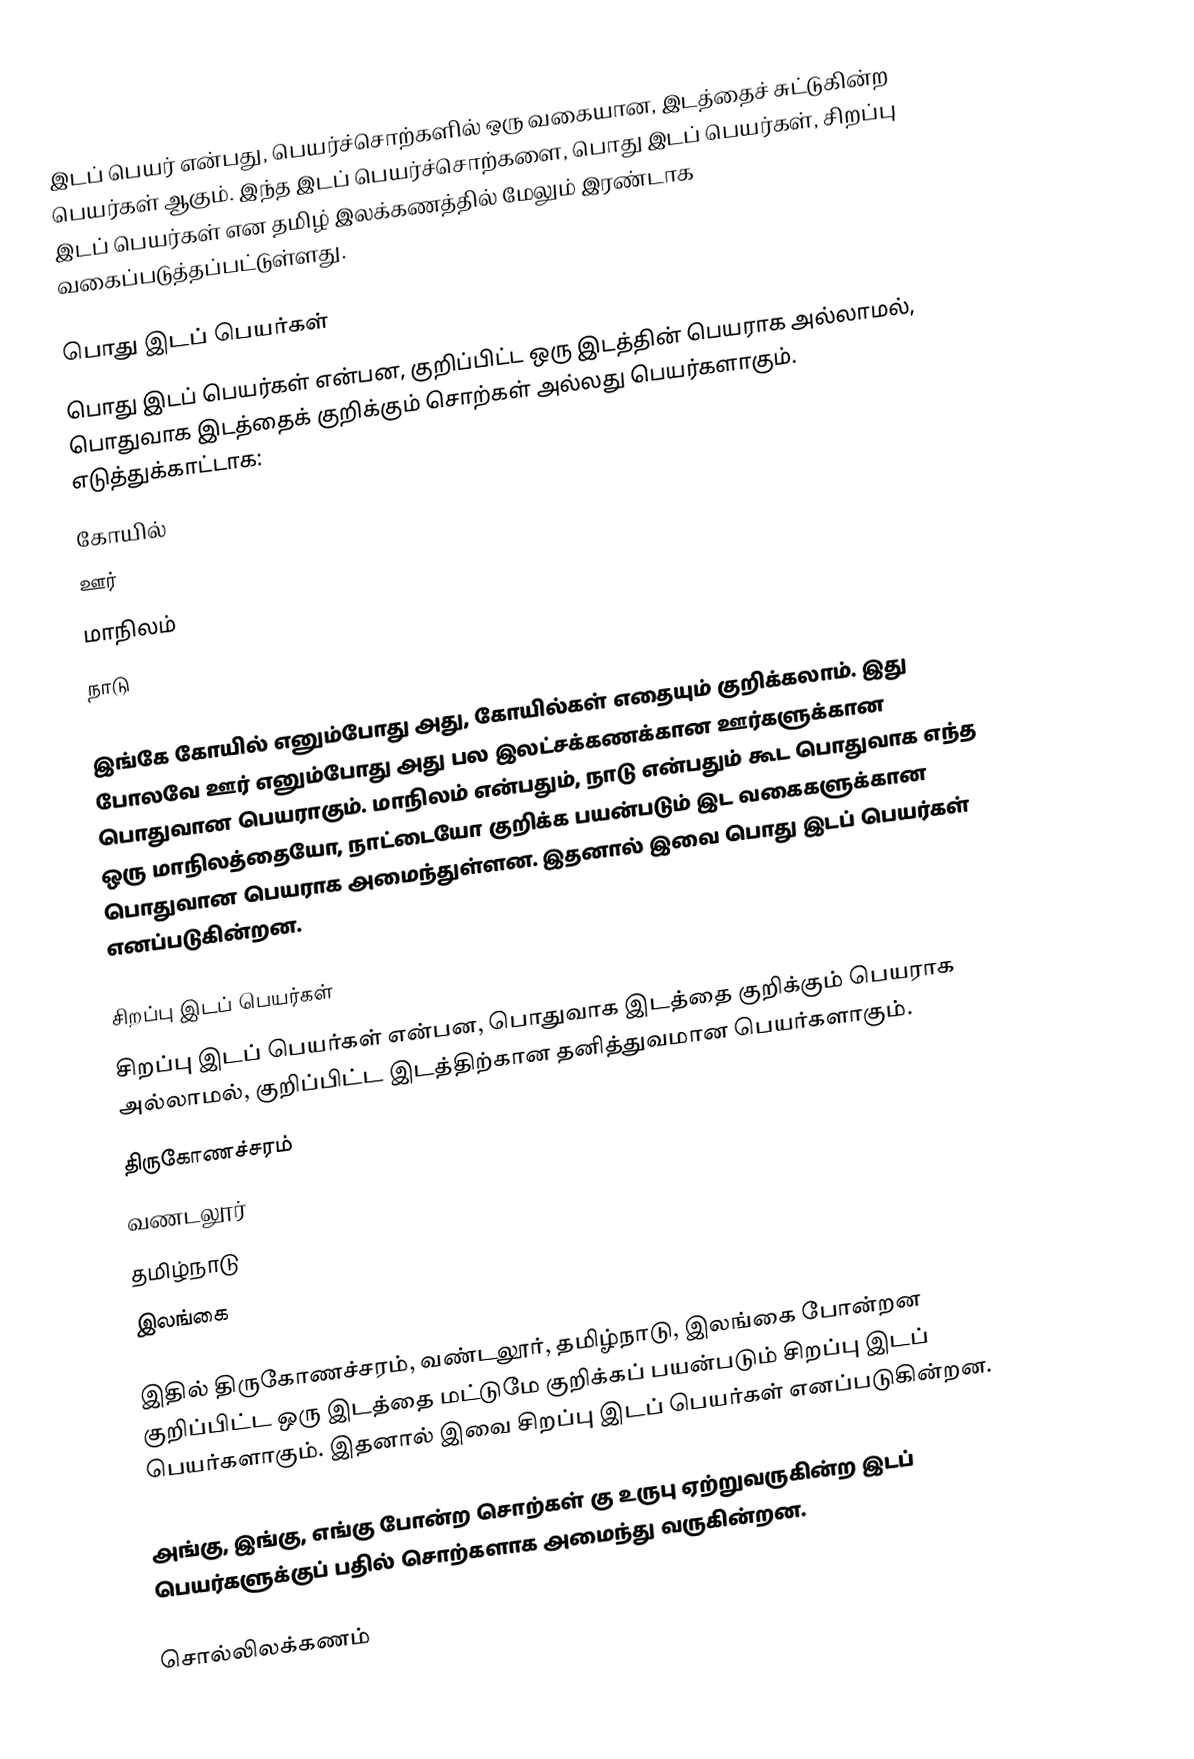
இடப் பெயர் என்பது, பெயர்ச்சொற்களில் ஒரு வகையான, இடத்தைச் சுட்டுகின்ற பெயர்கள் ஆகும். இந்த இடப் பெயர்ச்சொற்களை, பொது இடப் பெயர்கள், சிறப்பு இடப் பெயர்கள் என தமிழ் இலக்கணத்தில் மேலும் இரண்டாக வகைப்படுத்தப்பட்டுள்ளது.

பொது இடப் பெயர்கள்
பொது இடப் பெயர்கள் என்பன, குறிப்பிட்ட ஒரு இடத்தின் பெயராக அல்லாமல், பொதுவாக இடத்தைக் குறிக்கும் சொற்கள் அல்லது பெயர்களாகும். எடுத்துக்காட்டாக:
 கோயில்
 ஊர்
 மாநிலம்
 நாடு

இங்கே கோயில் எனும்போது அது, கோயில்கள் எதையும் குறிக்கலாம். இது போலவே ஊர் எனும்போது அது பல இலட்சக்கணக்கான ஊர்களுக்கான பொதுவான பெயராகும். மாநிலம் என்பதும், நாடு என்பதும் கூட பொதுவாக எந்த ஒரு மாநிலத்தையோ, நாட்டையோ குறிக்க பயன்படும் இட வகைகளுக்கான பொதுவான பெயராக அமைந்துள்ளன. இதனால் இவை பொது இடப் பெயர்கள் எனப்படுகின்றன.

சிறப்பு இடப் பெயர்கள்
சிறப்பு இடப் பெயர்கள் என்பன, பொதுவாக இடத்தை குறிக்கும் பெயராக அல்லாமல், குறிப்பிட்ட இடத்திற்கான தனித்துவமான பெயர்களாகும்.
 திருகோணச்சரம்
 வணடலூர்
 தமிழ்நாடு
 இலங்கை

இதில் திருகோணச்சரம், வண்டலூர், தமிழ்நாடு, இலங்கை போன்றன குறிப்பிட்ட ஒரு இடத்தை மட்டுமே குறிக்கப் பயன்படும் சிறப்பு இடப் பெயர்களாகும். இதனால் இவை சிறப்பு இடப் பெயர்கள் எனப்படுகின்றன.

அங்கு, இங்கு, எங்கு போன்ற சொற்கள் கு உருபு ஏற்றுவருகின்ற இடப் பெயர்களுக்குப் பதில் சொற்களாக அமைந்து வருகின்றன.

சொல்லிலக்கணம்